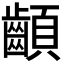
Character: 𩖁